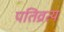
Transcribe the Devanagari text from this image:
पतिव्रत्य